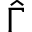
\hat { \Gamma }